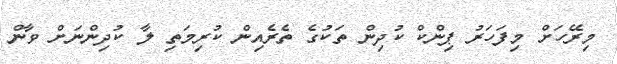
މިރޭހަށް މިފަހަރު ޕިންކް ކުދިން ތަކުގެ ތެރެއިން ކުރިމަތި ލާ ކުދިންނަށް ވާން